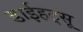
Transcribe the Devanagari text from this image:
डाईहट्सू